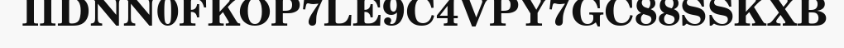
IIDNN0FKOP7LE9C4VPY7GC88SSKXB